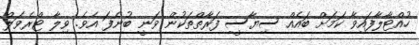
ހުއްޓާލާފައިވާ ކަމަށް ބައެއް ސިޔާސީ ފަރާތްތަކުން ވަނީ ބުނެފަ އެވެ. ވިލާ ޓްރެވަލް